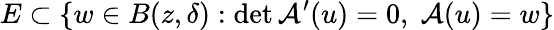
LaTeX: E\subset\{ w\in B(z,\delta):\operatorname*{det}\mathcal{A}^{\prime}(u)=0,\; \mathcal{A}(u)=w\}